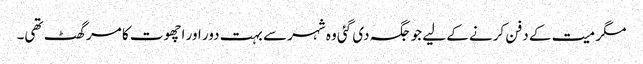
مگر میت کے دفن کرنے کے لیے جو جگہ دی گئی وہ شہر سے بہت دور اور اچھوت کا مرگھٹ تھی۔